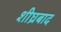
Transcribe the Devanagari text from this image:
शीघ्रबाद